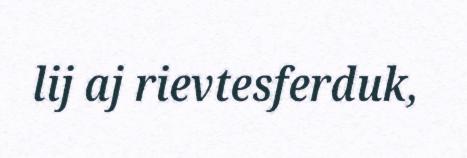
lij aj rievtesferduk,